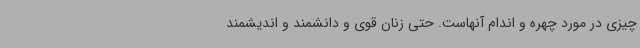
چیزی در مورد چهره و اندام آنهاست. حتی زنان قوی و دانشمند و اندیشمند